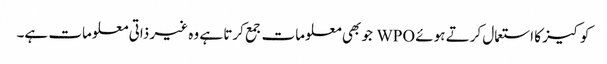
کوکیز کا استعمال کرتے ہوئے WPO جو بھی معلومات جمع کرتا ہے وہ غیر ذاتی معلومات ہے۔